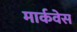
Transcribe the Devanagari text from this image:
मार्कवेस